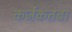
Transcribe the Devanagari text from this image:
कर्जकतबा